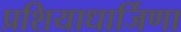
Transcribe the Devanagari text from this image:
प्रशियाधार्जिणा